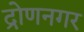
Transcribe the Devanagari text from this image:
द्रोणनगर